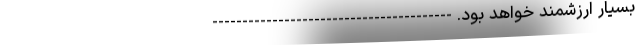
بسیار ارزشمند خواهد بود. ----------------------------------------